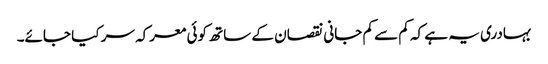
بہادری یہ ہے کہ کم سے کم جانی نقصان کے ساتھ کوئی معرکہ سر کیا جائے۔